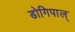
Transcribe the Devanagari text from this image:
डोगिपाल्